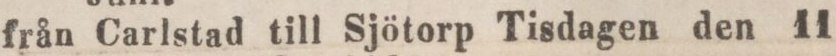
från Carlstad till Sjötorp Tisdagen den 11